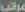
مراتب